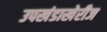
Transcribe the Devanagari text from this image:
उपखंडाखेरीज